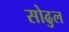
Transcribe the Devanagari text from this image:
सोढुल